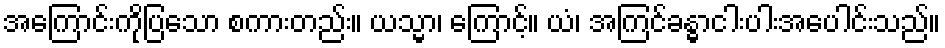
အကြောင်းကိုပြသော စကားတည်း။ ယသ္မာ၊ ကြောင့်။ ယံ၊ အကြင်ခန္ဓာငါးပါးအပေါင်းသည်။